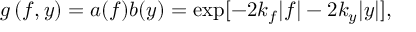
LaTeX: g \left( f , y \right) = a ( f ) b ( y ) = \exp [ - 2 k _ { f } | f | - 2 k _ { y } | y | ] ,